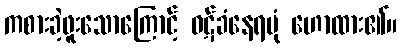
ကစားခဲ့ဖူးသောကြောင့် ဝဋ်ခံနေရပုံ ဟောထား၏။